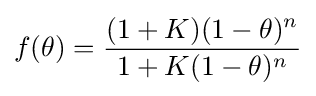
f(\theta )={\frac {(1+K)(1-\theta )^{n}}{1+K(1-\theta )^{n}}}